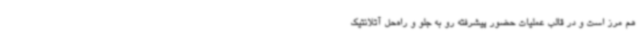
هم مرز است و در قالب عملیات حضور پیشرفته رو به جلو و راه‌حل آتلانتیک‌